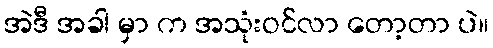
အဲဒီ အခါ မှာ က အသုံးဝင်လာ တော့တာ ပဲ။